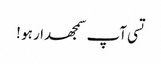
تسی آپ سمجھدار ہو !